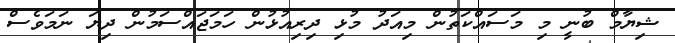
ޝިޔާމް ބުނީ މި މަސައްކަތުން މިއަދު މުޅި ދިރިއުޅުން ހަމަޖައްސަމުން ދިޔަ ނަމަވެސް